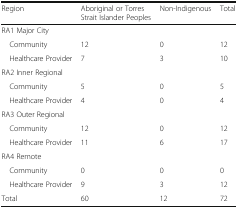
<table><thead><tr><td><b>Region</b></td><td><b>Aboriginal or Torres Strait Islander Peoples</b></td><td><b>Non-Indigenous</b></td><td><b>Total</b></td></tr></thead><tbody><tr><td colspan="4">RA1 Major City</td></tr><tr><td> Community</td><td>12</td><td>0</td><td>12</td></tr><tr><td> Healthcare Provider</td><td>7</td><td>3</td><td>10</td></tr><tr><td colspan="4">RA2 Inner Regional</td></tr><tr><td> Community</td><td>5</td><td>0</td><td>5</td></tr><tr><td> Healthcare Provider</td><td>4</td><td>0</td><td>4</td></tr><tr><td colspan="4">RA3 Outer Regional</td></tr><tr><td> Community</td><td>12</td><td>0</td><td>12</td></tr><tr><td> Healthcare Provider</td><td>11</td><td>6</td><td>17</td></tr><tr><td colspan="4">RA4 Remote</td></tr><tr><td> Community</td><td>0</td><td>0</td><td>0</td></tr><tr><td> Healthcare Provider</td><td>9</td><td>3</td><td>12</td></tr><tr><td>Total</td><td>60</td><td>12</td><td>72</td></tr></tbody></table>